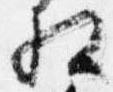
相